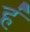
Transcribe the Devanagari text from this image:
ह॑